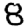
Digit: 8